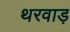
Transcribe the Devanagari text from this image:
थरवाड़